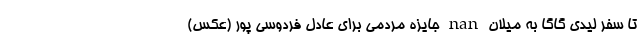
تا سفر لیدی گاگا به میلان nan جایزه مردمی برای عادل فردوسی پور (عکس)